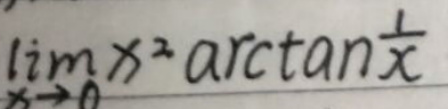
\[
\lim_{x \to 0} x^{2} \arctan\frac{1}{x}
\]